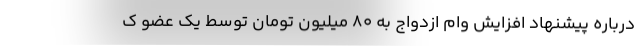
درباره پیشنهاد افزایش وام ازدواج به ۸۰ میلیون تومان توسط یک عضو ک